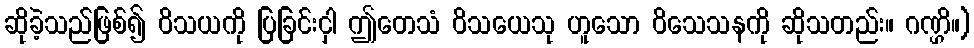
ဆိုခဲ့သည်ဖြစ်၍ ဝိသယကို ပြခြင်းငှါ ဤတေသံ ဝိသယေသု ဟူသော ဝိသေသနကို ဆိုသတည်း။ ဂဏ္ဌိ။)